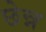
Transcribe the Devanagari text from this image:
छेन्न